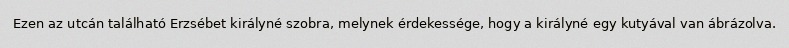
Ezen az utcán található Erzsébet királyné szobra, melynek érdekessége, hogy a királyné egy kutyával van ábrázolva.